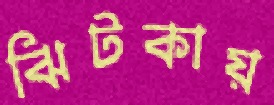
ঝিটকায়